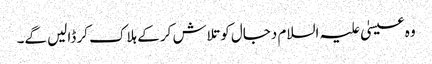
وہ عیسیٰ علیہ السلام دجال کوتلاش کر کے ہلاک کر ڈالیں گے۔